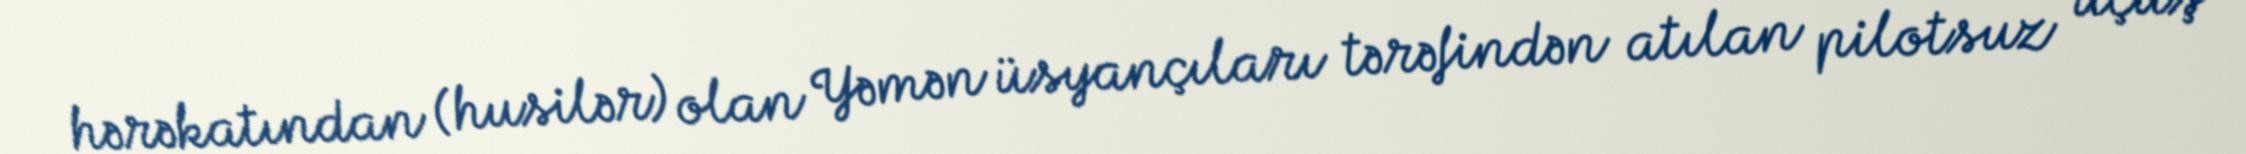
hərəkatından (husilər) olan Yəmən üsyançıları tərəfindən atılan pilotsuz uçuş